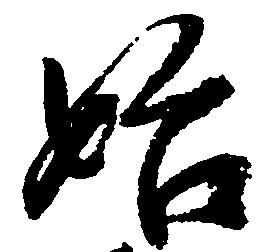
始